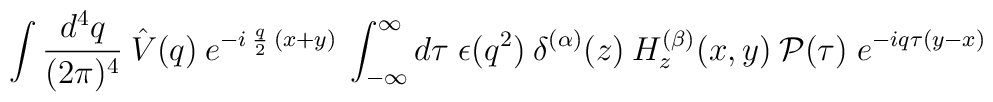
\int \frac{d^4q}{(2 \pi)^4}\:\hat{V}(q) \:e^{-i \:\frac{q}{2}\:(x+y)}\:\int_{-\infty}^\infty d\tau\;\epsilon(q^2) \:\delta^{(\alpha)}(z)\:H^{(\beta)}_z(x,y) \:{\mathcal{P}}(\tau)\;e^{-iq \tau (y-x)}